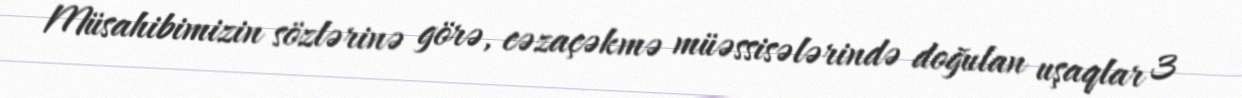
Müsahibimizin sözlərinə görə, cəzaçəkmə müəssisələrində doğulan uşaqlar 3